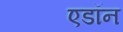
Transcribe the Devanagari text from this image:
एडॉन